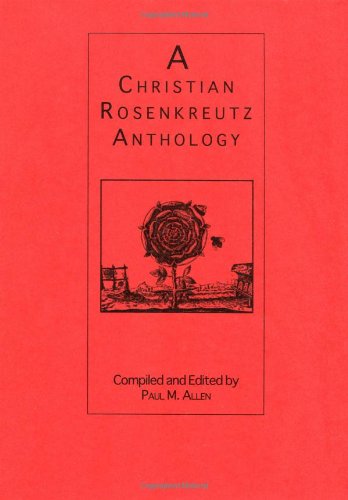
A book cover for A Christian Rosenkreutz Anthology; Paul M. Allen; Religion & Spirituality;